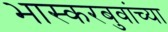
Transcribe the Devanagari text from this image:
भास्करबुवांच्या